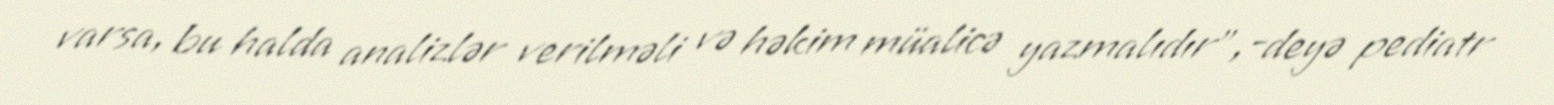
varsa, bu halda analizlər verilməli və həkim müalicə yazmalıdır",-deyə pediatr